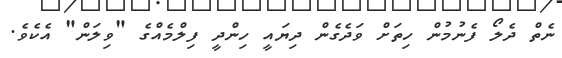
ނެތް ދެލޯ ފެނުމުން ހިތަށް ވަދެގެން ދިޔައީ ހިންދީ ފިލްމެއްގެ "ވިލަން" އެކެވެ.